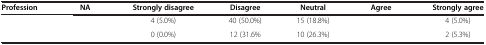
<table><thead><tr><td><b>Profession</b></td><td><b>NA</b></td><td><b>Strongly disagree</b></td><td><b>Disagree</b></td><td><b>Neutral</b></td><td><b>Agree</b></td><td><b>Strongly agree</b></td></tr></thead><tbody><tr><td>[EMPTY_CELL]</td><td>[EMPTY_CELL]</td><td>4 (5.0%)</td><td>40 (50.0%)</td><td>15 (18.8%)</td><td>[EMPTY_CELL]</td><td>4 (5.0%)</td></tr><tr><td>[EMPTY_CELL]</td><td>[EMPTY_CELL]</td><td>0 (0.0%)</td><td>12 (31.6%</td><td>10 (26.3%)</td><td>[EMPTY_CELL]</td><td>2 (5.3%)</td></tr></tbody></table>